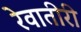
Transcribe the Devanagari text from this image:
रेवातीरी